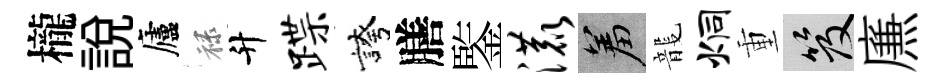
櫳說廬禄升蹀誇膳鍳漉羞龍炯重笈㢘